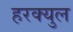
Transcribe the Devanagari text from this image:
हरक्युल